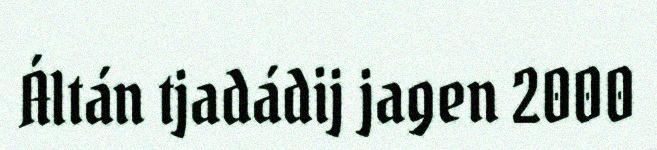
Áltán tjadádij jagen 2000